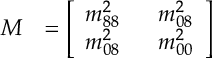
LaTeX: { \cal M } ~ ~ = \left[ \begin{array} { l l l } { { \displaystyle m _ { 8 8 } ^ { 2 } } } & { { ~ ~ \displaystyle m _ { 0 8 } ^ { 2 } } } \\ { { \displaystyle m _ { 0 8 } ^ { 2 } } } & { { ~ ~ \displaystyle m _ { 0 0 } ^ { 2 } } } \end{array} \right]